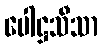
ပေါဋ္ဌသီသာ